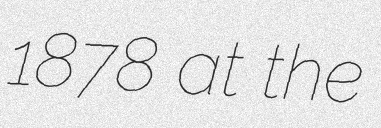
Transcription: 1878 at the